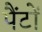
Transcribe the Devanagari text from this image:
पैंटों